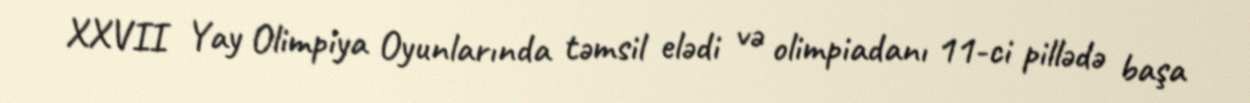
XXVII Yay Olimpiya Oyunlarında təmsil elədi və olimpiadanı 11-ci pillədə başa